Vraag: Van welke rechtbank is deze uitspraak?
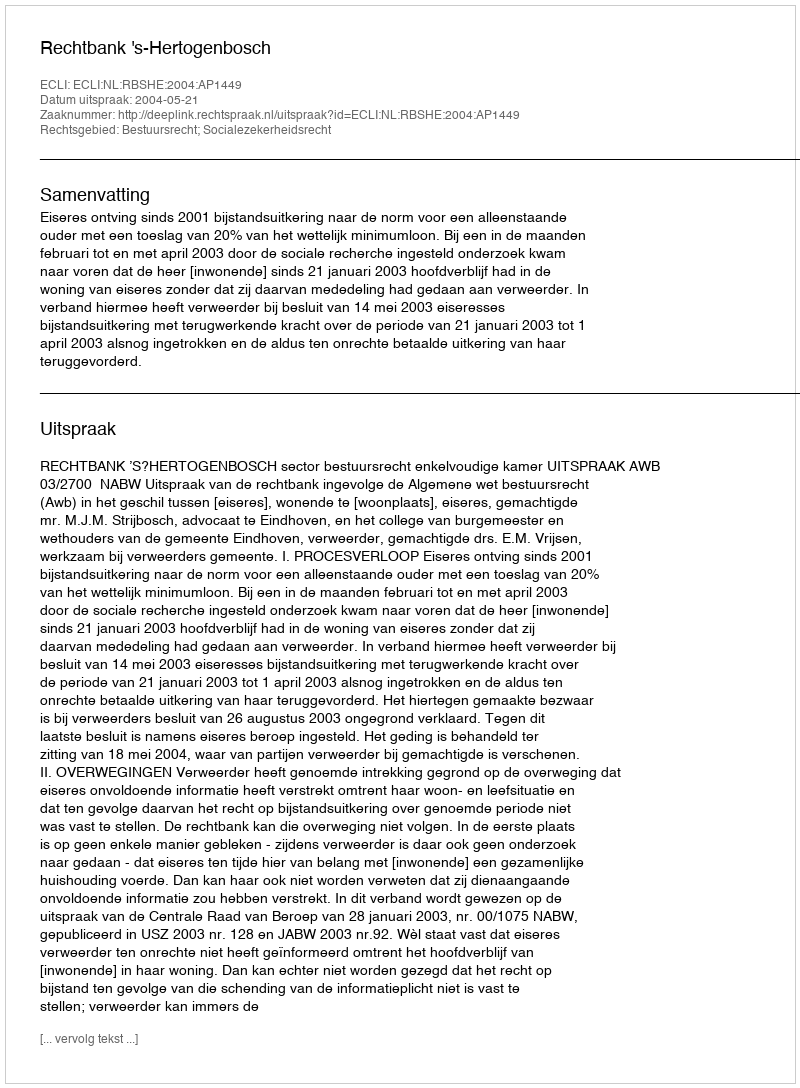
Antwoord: Rechtbank 's-Hertogenbosch